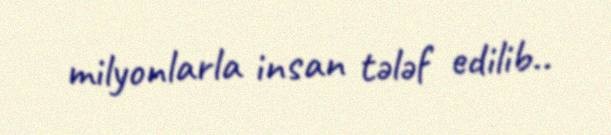
milyonlarla insan tələf edilib..